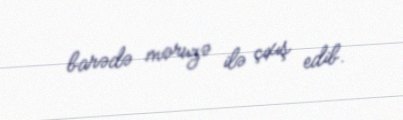
barədə məruzə ilə çıxış edib.